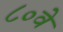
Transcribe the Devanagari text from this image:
८०वे